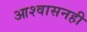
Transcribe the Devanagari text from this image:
आश्वासनही